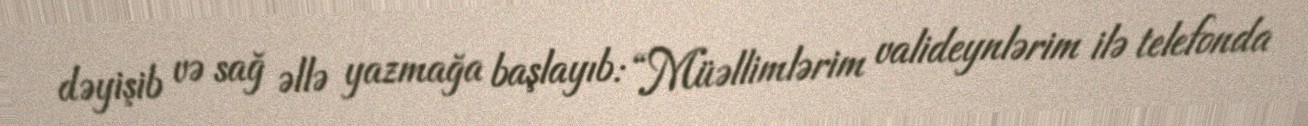
dəyişib və sağ əllə yazmağa başlayıb: “Müəllimlərim valideynlərim ilə telefonda